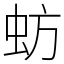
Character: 蚄